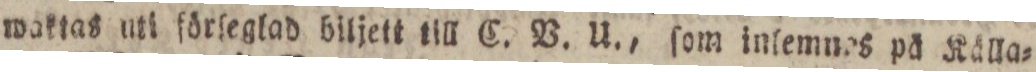
waktas uti förſeglad biljett till C. V. U., ſom inſemnes på Källa=